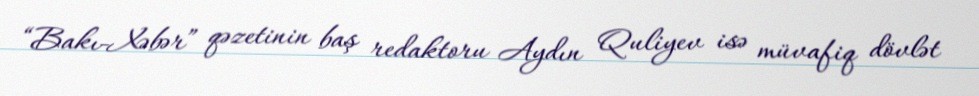
“Bakı-Xəbər” qəzetinin baş redaktoru Aydın Quliyev isə müvafiq dövlət